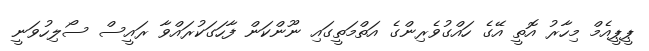
ޕީޕީއެމް މިހާރު އޮތީ އޭގެ ހައްގުވެރިންގެ އަތްމަތީގައި ނޫންކަން ފާހަގަކުރައްވާ ރައީސް ސޯލިހުވަނީ